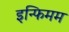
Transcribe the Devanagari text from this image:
इन्फिमम